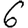
Digit: 6